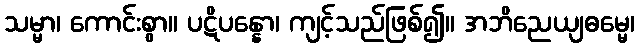
သမ္မာ၊ ကောင်းစွာ။ ပဋိပန္နော၊ ကျင့်သည်ဖြစ်၍။ အဘိညေယျဓမ္မေ၊